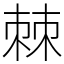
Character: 棘